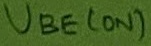
Text: UBE(on)